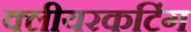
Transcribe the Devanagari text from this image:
क्लीयरकटिंग